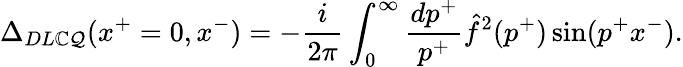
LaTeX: \Delta_{DL\mathbb{C}\mathcal{Q}}(x^{+}=0,x^{-})=-{\frac{{i}}{{2\pi}}}\int_{0}^{\infty}{\frac{{dp^{+}}}{{p^{+}}}}\hat{{f}}^{2}(p^{+})\sin(p^{+}x^{-}).